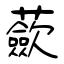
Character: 蘝